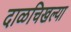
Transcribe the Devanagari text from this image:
दाळचिखल्या